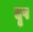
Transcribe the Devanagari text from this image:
दृष